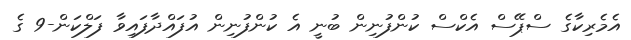
އެމެރިކާގެ ސްޕޭސް އެކްސް ކުންފުނިން ބުނީ އެ ކުންފުނިން އުފައްދާފައިވާ ފަލްކަން-9 ގެ